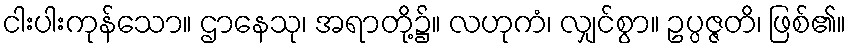
ငါးပါးကုန်သော။ ဌာနေသု၊ အရာတို့၌။ လဟုကံ၊ လျှင်စွာ။ ဥပ္ပဇ္ဇတိ၊ ဖြစ်၏။